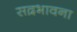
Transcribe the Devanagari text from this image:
सद़भावना